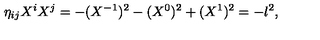
\eta _ { i j } X ^ { i } X ^ { j } = - ( X ^ { - 1 } ) ^ { 2 } - ( X ^ { 0 } ) ^ { 2 } + ( X ^ { 1 } ) ^ { 2 } = - l ^ { 2 } ,